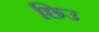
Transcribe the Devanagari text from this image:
छिउ